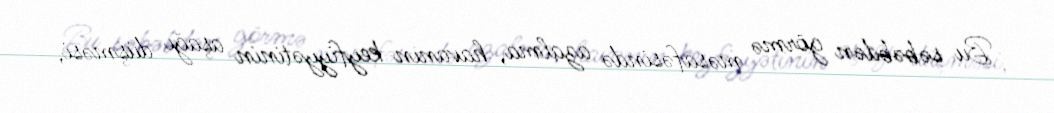
Bu səbəbdən görmə məsafəsində azalma, havanın keyfiyyətinin aşağı düşməsi,